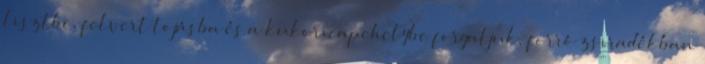
lisztbe, felvert tojásba és a kukoricapehelybe forgatjuk, forró zsiradékban